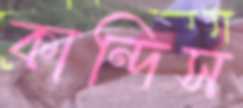
কান্দিস